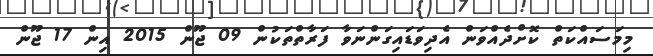
މިމަސައްކަތް ކޮށްދެއްވަން އެދިވަޑައިގަންނަވާ ފަރާތްތަކުން 09 ޖޫން 2015 އިން 17 ޖޫން